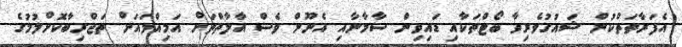
އެފަރާތަތްކުން ޝައުގުވެރިވާ ބޯޓްތަކާއި ޑައިވިން ސާމާނާއި އެނޫން ވެސް އާލާތްތަށް އަމިއްލައަށް ތަޖްރިބާކޮށްލުމުގެ